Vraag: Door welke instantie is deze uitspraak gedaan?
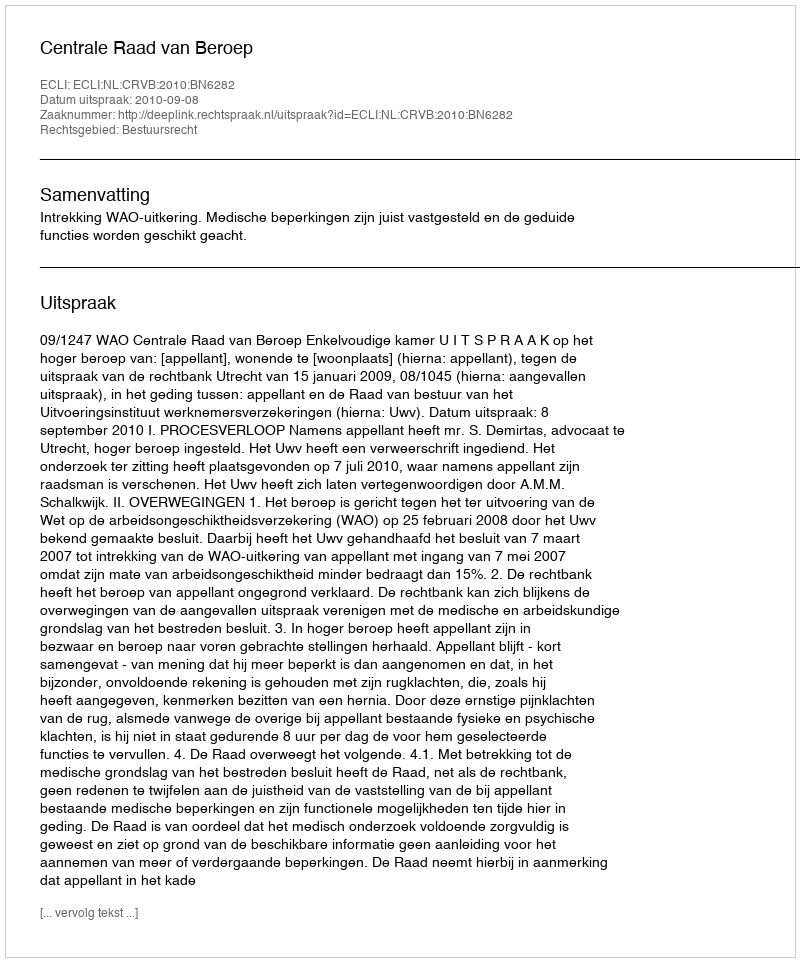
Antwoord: Centrale Raad van Beroep